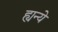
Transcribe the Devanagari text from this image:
ह्यन्ये